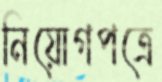
নিয়োগপত্রে